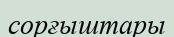
сорғыштары